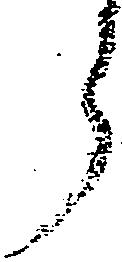
郎